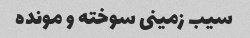
سیب زمینی سوخته و مونده